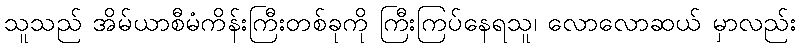
သူသည် အိမ်ယာစီမံကိန်းကြီးတစ်ခုကို ကြီးကြပ်နေရသူ၊ လောလောဆယ် မှာလည်း